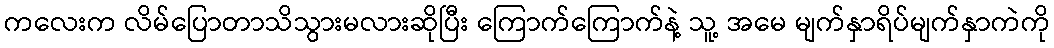
ကလေးက လိမ်ပြောတာသိသွားမလားဆိုပြီး ကြောက်ကြောက်နဲ့ သူ့ အမေ မျက်နှာရိပ်မျက်နှာကဲကို